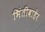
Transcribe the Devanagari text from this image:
भिंतीबाहेर